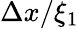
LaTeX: \Delta x/\xi_{1}